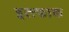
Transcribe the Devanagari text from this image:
इत्त्फाक